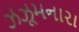
ઝઝૂમનારા